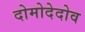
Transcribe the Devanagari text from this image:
दोमोदेदोव